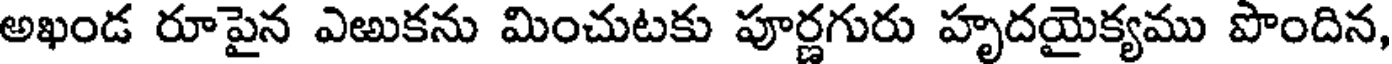
అఖండ రూపైన ఎఱుకను మించుటకు పూర్ణగురు హృదయైక్యము పొందిన,